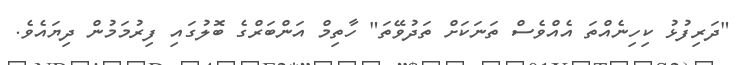
"ދަރިފުޅު ކިހިނެއްތަ އެއްވެސް ތަނަކަށް ތަދުވޭތަ" ހާތިމް އަންބަރްގެ ބޮލުގައި ފިރުމަމުން ދިޔައެވެ.